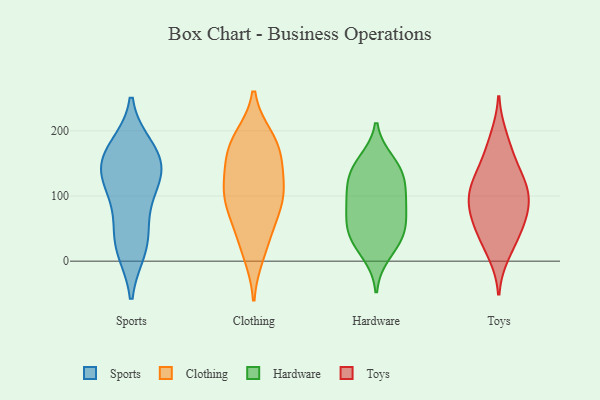
{"axis": {"x": "Budget (USD K)", "y": "Value"}, "legend": ["Clothing", "Hardware", "Sports", "Toys"], "data": [{"x": "", "y": 20, "type": "Sports"}, {"x": "", "y": 47, "type": "Sports"}, {"x": "", "y": 99, "type": "Sports"}, {"x": "", "y": 158, "type": "Sports"}, {"x": "", "y": 173, "type": "Sports"}, {"x": "", "y": 144, "type": "Sports"}, {"x": "", "y": 117, "type": "Sports"}, {"x": "", "y": 164, "type": "Sports"}, {"x": "", "y": 24, "type": "Sports"}, {"x": "", "y": 133, "type": "Sports"}, {"x": "", "y": 68, "type": "Clothing"}, {"x": "", "y": 13, "type": "Clothing"}, {"x": "", "y": 136, "type": "Clothing"}, {"x": "", "y": 103, "type": "Clothing"}, {"x": "", "y": 108, "type": "Clothing"}, {"x": "", "y": 175, "type": "Clothing"}, {"x": "", "y": 36, "type": "Clothing"}, {"x": "", "y": 178, "type": "Clothing"}, {"x": "", "y": 86, "type": "Clothing"}, {"x": "", "y": 187, "type": "Clothing"}, {"x": "", "y": 164, "type": "Clothing"}, {"x": "", "y": 106, "type": "Clothing"}, {"x": "", "y": 40, "type": "Hardware"}, {"x": "", "y": 54, "type": "Hardware"}, {"x": "", "y": 103, "type": "Hardware"}, {"x": "", "y": 47, "type": "Hardware"}, {"x": "", "y": 145, "type": "Hardware"}, {"x": "", "y": 153, "type": "Hardware"}, {"x": "", "y": 33, "type": "Hardware"}, {"x": "", "y": 131, "type": "Hardware"}, {"x": "", "y": 11, "type": "Hardware"}, {"x": "", "y": 80, "type": "Hardware"}, {"x": "", "y": 83, "type": "Hardware"}, {"x": "", "y": 132, "type": "Hardware"}, {"x": "", "y": 101, "type": "Hardware"}, {"x": "", "y": 110, "type": "Toys"}, {"x": "", "y": 128, "type": "Toys"}, {"x": "", "y": 108, "type": "Toys"}, {"x": "", "y": 30, "type": "Toys"}, {"x": "", "y": 83, "type": "Toys"}, {"x": "", "y": 190, "type": "Toys"}, {"x": "", "y": 49, "type": "Toys"}, {"x": "", "y": 88, "type": "Toys"}, {"x": "", "y": 166, "type": "Toys"}, {"x": "", "y": 66, "type": "Toys"}, {"x": "", "y": 106, "type": "Toys"}, {"x": "", "y": 140, "type": "Toys"}, {"x": "", "y": 59, "type": "Toys"}, {"x": "", "y": 12, "type": "Toys"}]}